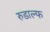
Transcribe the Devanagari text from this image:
रुडाल्फ